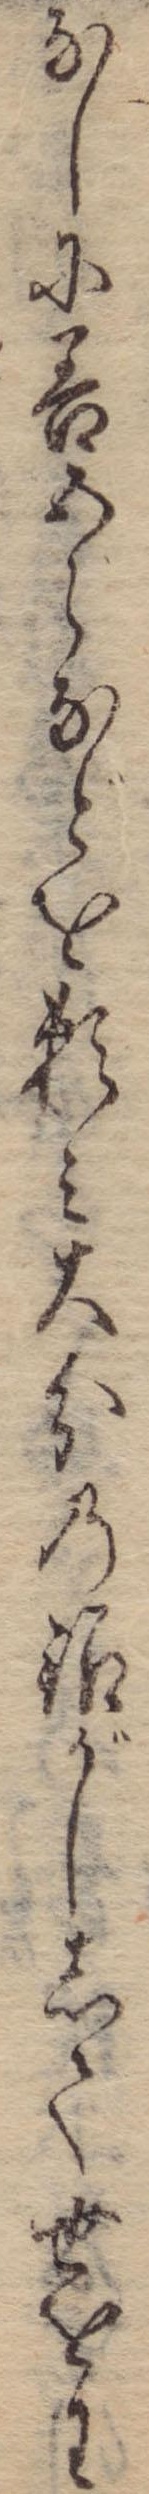
なしに善五郎などを頼み大分の銀がしして世をわ